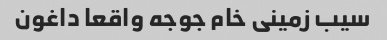
سیب زمینی خام جوجه واقعا داغون